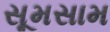
સૂમસામ